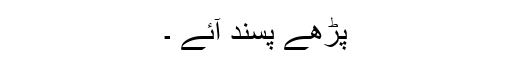
پڑھے پسند آئے ۔